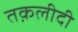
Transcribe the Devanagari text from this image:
तक़लीदी